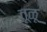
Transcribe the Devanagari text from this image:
तूळू